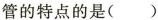
管的特点的是()